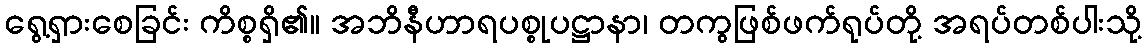
ရွေ့ရှားစေခြင်း ကိစ္စရှိ၏။ အဘိနီဟာရပစ္စုပဋ္ဌာနာ၊ တကွဖြစ်ဖက်ရုပ်တို့ အရပ်တစ်ပါးသို့